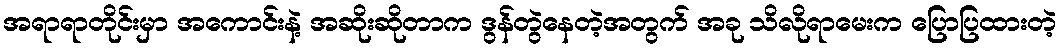
အရာရာတိုင်းမှာ အကောင်းနဲ့ အဆိုးဆိုတာက ဒွန်တွဲနေတဲ့အတွက် အခု သိလိုရာမေးက ပြောပြထားတဲ့